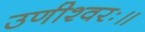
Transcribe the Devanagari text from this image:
उणीश्वरः॥